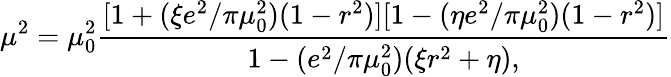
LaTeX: \mu^{2}=\mu_{0}^{2}{\frac{[1+(\xi e^{2}/\pi\mu_{0}^{2})(1-r^{2})][1-(\eta e^{2}/\pi\mu_{0}^{2})(1-r^{2})]}{1-(e^{2}/\pi\mu_{0}^{2})(\xi r^{2}+\eta),}}